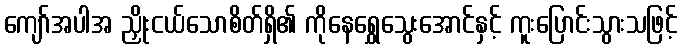
ကျော်အပါအ ညှိုးငယ်သောစိတ်ရှိ၏ ကိုနေရွှေသွေးအောင်နှင့် ကူးပြောင်းသွားသဖြင့်